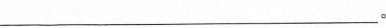
___。